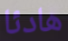
هادئا